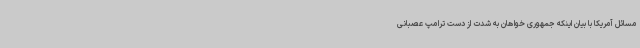
مسائل آمریکا با بیان اینکه جمهوری خواهان به شدت از دست ترامپ عصبانی